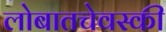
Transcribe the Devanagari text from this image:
लोबातचेवस्की